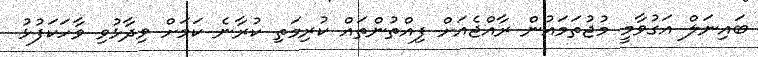
ބައިނަލް އަގުވާމީ މުޖުތަމައުން ރާއްޖެއަށް ފިއްތުންތައް ކުރިމަތި ކުރާނެ ކަމަށް ވިދާޅުވި ވާހަކަފުޅު